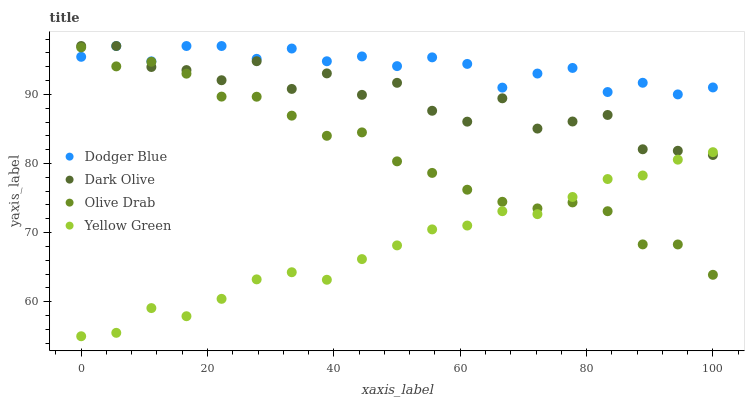
| xaxis_label | Dodger Blue | Dark Olive | Olive Drab | Yellow Green |
 | --- | --- | --- | --- | --- |
 | 0 | 95.4 | 97 | 96.8 | 55 |
 | 5.56 | 97 | 97 | 94.1 | 55.5 |
 | 11.1 | 94.8 | 94 | 94.7 | 59.1 |
 | 16.7 | 97 | 93.5 | 93 | 57.9 |
 | 22.2 | 97 | 92 | 89.7 | 60.4 |
 | 27.8 | 95.1 | 94.8 | 89.7 | 63.2 |
 | 33.3 | 96.6 | 90.8 | 86.9 | 64.3 |
 | 38.9 | 94.8 | 93 | 84 | 63.2 |
 | 44.4 | 95.5 | 89.9 | 84.5 | 66.2 |
 | 50 | 94.1 | 91.7 | 80.3 | 68.1 |
 | 55.6 | 95.4 | 87.6 | 78.6 | 70.5 |
 | 61.1 | 94.4 | 86.1 | 76.2 | 71 |
 | 66.7 | 91 | 89.4 | 74.5 | 73.1 |
 | 72.2 | 93 | 85.1 | 73.5 | 72.7 |
 | 77.8 | 93.8 | 86.1 | 74.4 | 75.2 |
 | 83.3 | 90.3 | 87 | 73.1 | 77.8 |
 | 88.9 | 91.7 | 82.1 | 68.3 | 78.3 |
 | 94.4 | 90 | 81.8 | 68.3 | 80.6 |
 | 100 | 91 | 81.2 | 63.9 | 81.6 |